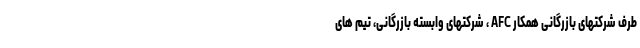
طرف شرکتهای بازرگانی همکار AFC ، شرکتهای وابسته بازرگانی، تیم های